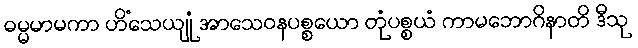
ဓမ္မမာမကာ ဟိံသေယျုံ အာသေဝနပစ္စယော တုံပစ္စယံ ကာမဘောဂိနာတိ ဒီသု